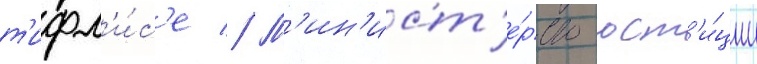
т'ифл'и́с'е // М'ин'ист'е́рство юст'и́ции